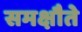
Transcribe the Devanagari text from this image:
समक्षौते